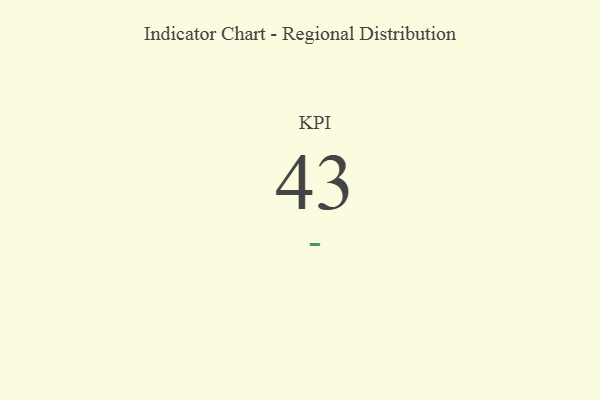
{"axis": {"x": "KPI", "y": "Value"}, "legend": [""], "data": [{"x": "KPI", "y": 43, "type": ""}]}